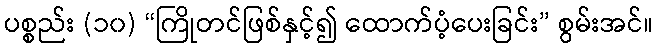
ပစ္စည်း (၁၀) “ကြိုတင်ဖြစ်နှင့်၍ ထောက်ပံ့ပေးခြင်း” စွမ်းအင်။